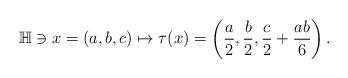
LaTeX: \begin{align*}\mathbb{H}\ni x=(a,b,c)\mapsto \tau(x)=\left(\frac{a}{2},\frac{b}{2},\frac{c}{2}+\frac{ab}{6}\right).\end{align*}